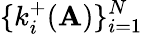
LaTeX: \{ k_{i}^{+}(\mathbf{A})\} _{i=1}^{N}